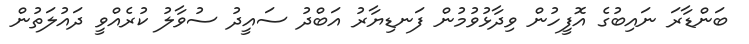
ބަންޑާރަ ނައިބުގެ އޮފީހުން ވިދާޅުވުމުން ފަނޑިޔާރު އަބްދު ސައީދު ސުވާލު ކުރެއްވީ ދައުލަތުން